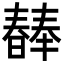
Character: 𣋕